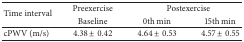
<table><thead><tr><td rowspan="2"><b>Time interval</b></td><td><b>Preexercise</b></td><td colspan="2"><b>Postexercise</b></td></tr><tr><td><b>Baseline</b></td><td><b>0th min</b></td><td><b>15th min</b></td></tr></thead><tbody><tr><td>cPWV (m/s)</td><td>4.38 ± 0.42</td><td>4.64 ± 0.53</td><td>4.57 ± 0.55</td></tr></tbody></table>